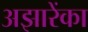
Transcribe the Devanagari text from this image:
अझारेंका